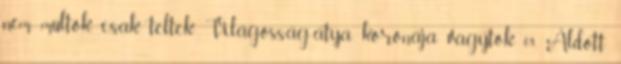
nem múltok, csak teltek Világosság-atya koronája vagytok 08. Áldott